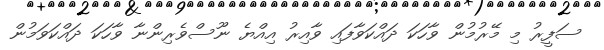
ސަފީރު މި މޭރުމުން ވާހަކަ ދައްކަވާފައި ވާއިރު އިއްޔެ ނޫސްވެރިންނާ ވާހަކަ ދައްކަވަމުން